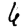
Digit: 6